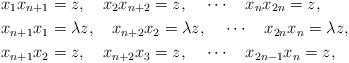
LaTeX: \begin{align*} & x_1x_{n+1} = z, ~~~ x_2x_{n+2}=z, ~~~ \cdots ~~~ x_nx_{2n} = z, \\ & x_{n+1}x_1 = \lambda z, ~~~ x_{n+2}x_2=\lambda z, ~~~ \cdots ~~~ x_{2n}x_n = \lambda z, \\ & x_{n+1}x_2 = z, ~~~ x_{n+2}x_3 = z, ~~~ \cdots ~~~ x_{2n-1}x_n = z, \end{align*}